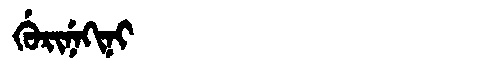
Manchu: ᡤᡠᡵᡳᠨᡝᡴᡳᠨᡳ
Romanization: GURINEKINI